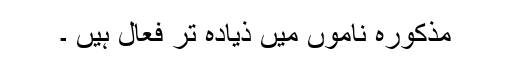
مذکورہ ناموں میں ذیادہ تر فعال ہیں ۔